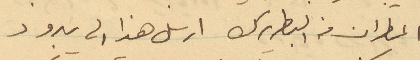
المطران من البطريرك ارسل هذا لي له بدون